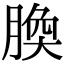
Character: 𦝝